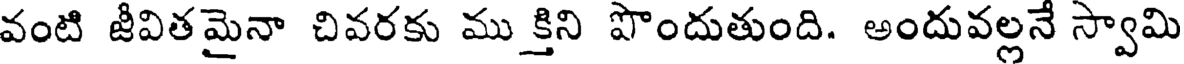
వంటి జీవితమైనా చివరకు ము క్తిని పొందుతుంది. అందువల్లనే స్వామి